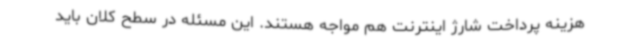
هزینه پرداخت شارژ اینترنت هم مواجه هستند. این مسئله در سطح کلان باید